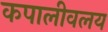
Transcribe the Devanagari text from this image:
कपालीवलय